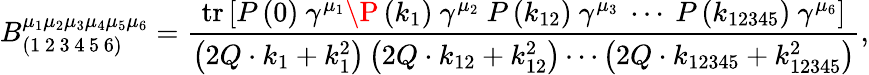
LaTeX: B_{\left(1\mathrm{\, 2\, 3\, 4\, 5\, 6}\right)}^{\mu_{1}\mu_{2}\mu_{3}\mu_{4}\mu_{5}\mu_{6}}=\frac{\mathrm{tr}\left[P\left(0\right)\ \gamma^{\mu_{1}}\P\left(k_{1}\right)\ \gamma^{\mu_{2}}\ P\left(k_{12}\right)\ \gamma^{\mu_{3}}\ \cdots\ P\left(k_{12345}\right)\ \gamma^{\mu_{6}}\right]}{\left(2Q\cdot k_{1}+k_{1}^{2}\right)\left(2Q\cdot k_{12}+k_{12}^{2}\right)\cdots\left(2Q\cdot k_{12345}+k_{12345}^{2}\right)},